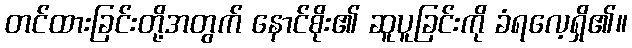
တင်ထားခြင်းတို့အတွက် နောင်စိုး၏ ဆူပူခြင်းကို ခံရလေ့ရှိ၏။